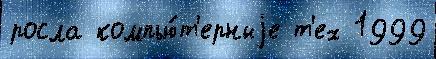
росла компью́т'ерныjе т'ех 1999